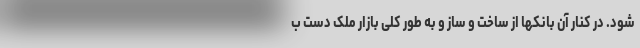
شود. در کنار آن بانکها از ساخت و ساز و به طور کلی بازار ملک دست ب